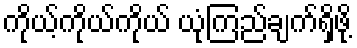
ကိုယ့်ကိုယ်ကိုယ် ယုံကြည်ချက်ရှိဖို့